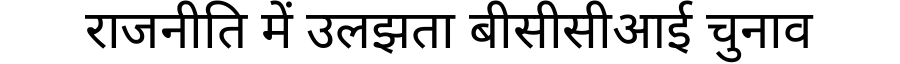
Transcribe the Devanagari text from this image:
राजनीति में उलझता बीसीसीआई चुनाव